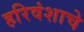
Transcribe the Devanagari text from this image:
हरिवंशाचे